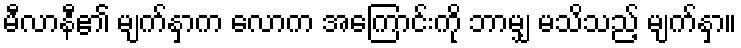
မီလာနီ၏ မျက်နှာက လောက အကြောင်းကို ဘာမျှ မသိသည့် မျက်နှာ။